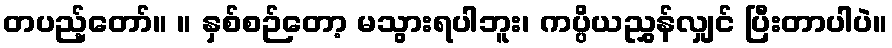
တပည့်တော်။ ။ နှစ်စဉ်တော့ မသွားရပါဘူး၊ ကပ္ပိယညွှန်လျှင် ပြီးတာပါပဲ။